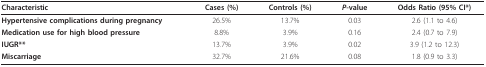
<table><thead><tr><td><b>Characteristic</b></td><td><b>Cases (%)</b></td><td><b>Controls (%)</b></td><td><b><i>P</i>-value</b></td><td><b>Odds Ratio (95% CI*)</b></td></tr></thead><tbody><tr><td><b>Hypertensive complications during pregnancy</b></td><td>26.5%</td><td>13.7%</td><td>0.03</td><td>2.6 (1.1 to 4.6)</td></tr><tr><td><b>Medication use for high blood pressure</b></td><td>8.8%</td><td>3.9%</td><td>0.16</td><td>2.4 (0.7 to 7.9)</td></tr><tr><td><b>IUGR**</b></td><td>13.7%</td><td>3.9%</td><td>0.02</td><td>3.9 (1.2 to 12.3)</td></tr><tr><td><b>Miscarriage</b></td><td>32.7%</td><td>21.6%</td><td>0.08</td><td>1.8 (0.9 to 3.3)</td></tr></tbody></table>